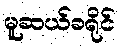
မူဆယ်ခရိုင်